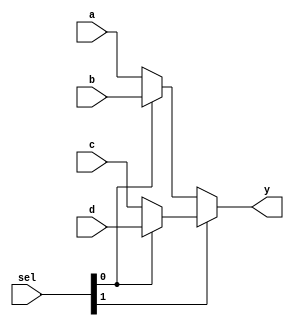
module mux4 #(parameter WIDTH = 8) (
        input  wire [1:0]       sel,
        input  wire [WIDTH-1:0] a, //00
        input  wire [WIDTH-1:0] b, //01
        input  wire [WIDTH-1:0] c, //10
        input  wire [WIDTH-1:0] d, //11
        output wire [WIDTH-1:0] y
    );

assign y = sel[1] ? (sel[0] ? d : c) : (sel[0] ? b : a); 

endmodule